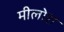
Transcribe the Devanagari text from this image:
मीलोश